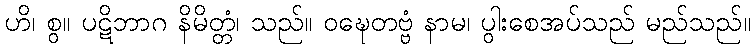
ဟိ၊ စွ။ ပဋိဘာဂ နိမိတ္တံ၊ သည်။ ဝဍ္ဎေတဗ္ဗံ နာမ၊ ပွါးစေအပ်သည် မည်သည်။